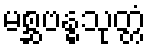
မစ္ဆဗန္ဓသုတ္တံ